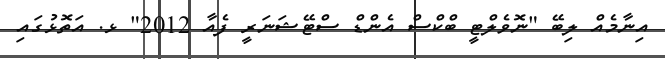
އިނާމެއް ލިބޭ "ނޮވެލްޓީ ބްކްސް އެންޑް ސްޓޭޝަނަރީ ފެއާ 2012" ޅ. އަތޮޅުގައި